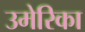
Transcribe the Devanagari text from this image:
उमेरिका